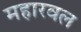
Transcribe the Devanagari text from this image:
महारवल